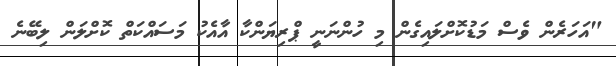
"އަހަރެން ވެސް މަޑުކޮށްލައިގެން މި ހުންނަނީ ޕްރިޔަންކާ އާއެކު މަސައްކަތް ކޮށްލަން ލިބޭނެ